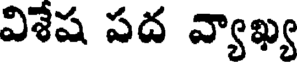
విశేష పద వ్యాఖ్య